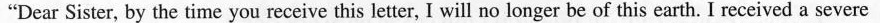
"Dear Sister, by the time you receive this letter, I will no longer be of this earth. I received a severe